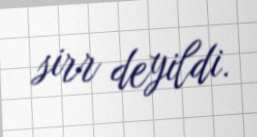
sirr deyildi.